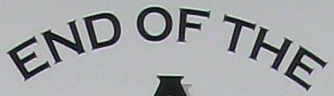
END OF THE